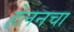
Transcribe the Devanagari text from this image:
हेलनचा